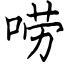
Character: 唠